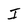
Character: I